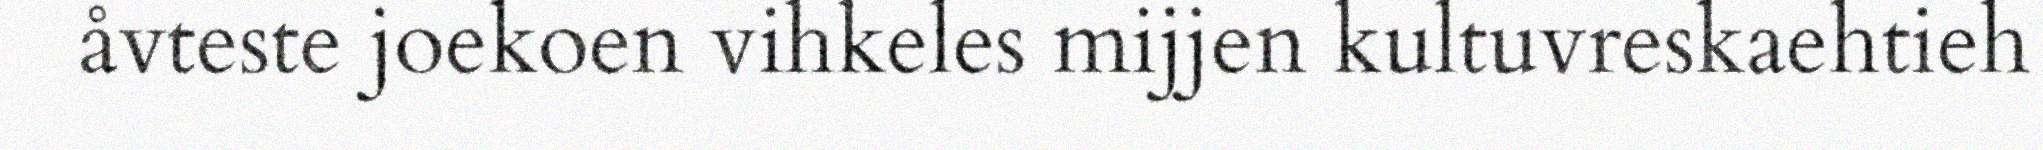
åvteste joekoen vihkeles mijjen kultuvreskaehtieh